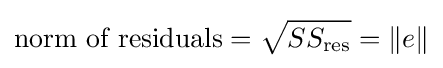
{\text{norm of residuals}}={\sqrt {SS_{\text{res}}}}=\|e\|